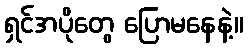
ရှင်အပိုတွေ ပြောမနေနဲ့။